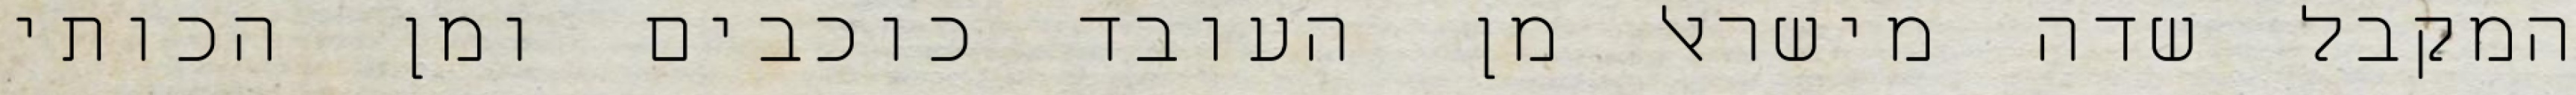
המקבל שדה מישראל מן העובד כוכבים ומן הכותי